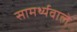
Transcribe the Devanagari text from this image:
सामर्थ्यवाले